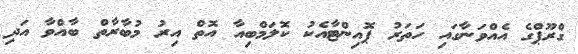
ގްރޫޕްގެ އެއްވަނާގައި ހަތަރު ޕޮއިންޓާއެކު ކޮލަމްބިއާ އޮތް އިރު މުބާރާތް ބާއްވާ އަދި